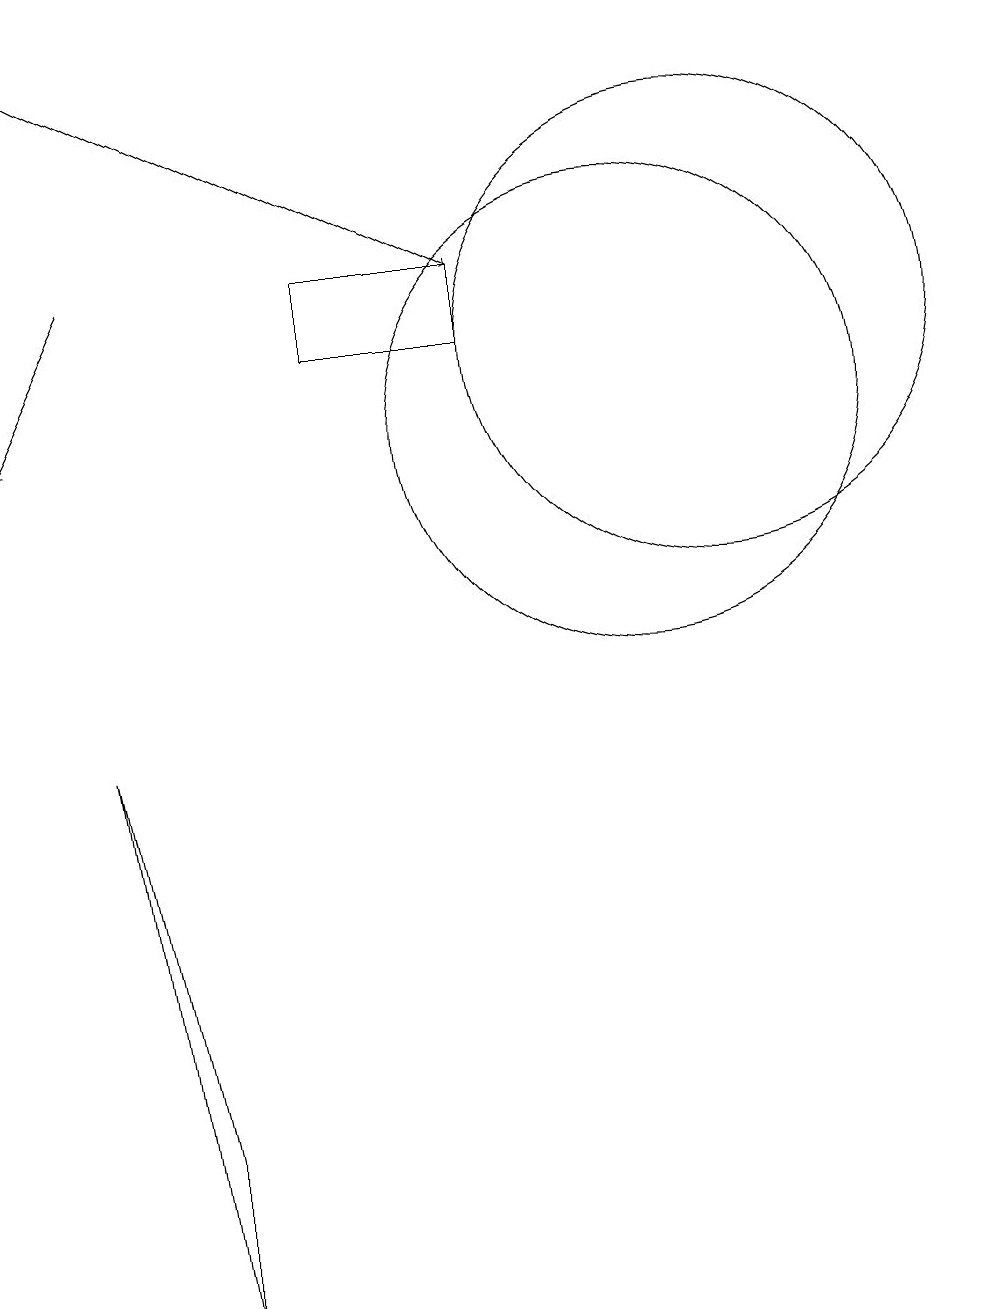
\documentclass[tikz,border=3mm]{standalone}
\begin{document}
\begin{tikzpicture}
\draw[->] (4,13) -- (3,11);
\draw (9,12) rectangle (7,13);
\draw[->] (3,16) -- (9,13);
\draw (12,12) circle (3);
\draw (5,0) -- (4,7) -- (5,2) -- cycle;
\draw (11,11) circle (3);
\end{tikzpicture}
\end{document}